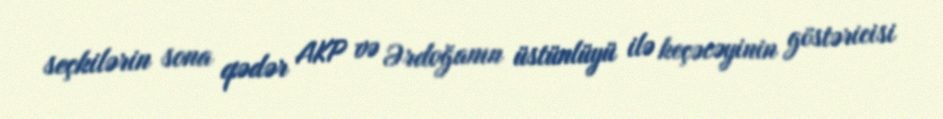
seçkilərin sona qədər AKP və Ərdoğanın üstünlüyü ilə keçəcəyinin göstəricisi